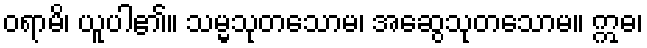
ဝရာမိ၊ ယူပါ၏။ သမ္မသုတသောမ၊ အဆွေသုတသောမ။ ဣဓ၊